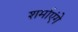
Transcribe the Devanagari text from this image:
शर्माएंगे